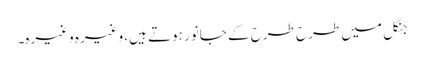
جنگل میں طرح طرح کے جانور ہوتے ہیں، وغیرہ وغیرہ۔